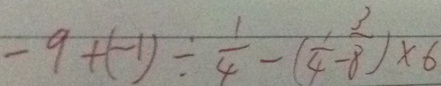
- 9 + ( - 1 ) \div \frac { 1 } { 4 } - ( \frac { 1 } { 4 } - \frac { 3 } { 8 } ) \times 6